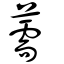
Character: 薷